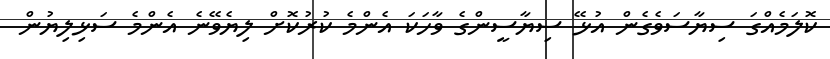
ކޮލަމެއްގަ ސިޔާސަވެގެން އުޅޭ ސިޔާސީންގެ ވާހަކަ އެންމެ ކުރުކޮށް ލިޔެވޭނެ އެންމެ ސަޅިލިޔުން